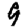
Digit: 9